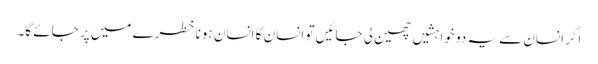
اگر انسان سے یہ دو خواہشیں چھین لی جائیں تو انسان کا انسان ہونا خطرے میں پر جائے گا۔